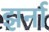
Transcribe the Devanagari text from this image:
झर्ना